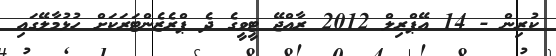
ކުރިން - 14 އޭޕްރިލް 2012 ރާއްޖޭ ޓީވީގެ ދެ ޕްރެޒެންޓަރަކަށް ހުޅުމާލޭގައި